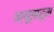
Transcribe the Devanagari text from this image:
न्यूझरूम